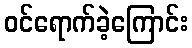
ဝင်ရောက်ခဲ့ကြောင်း